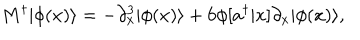
LaTeX: M ^ { \dagger } | \phi ( x ) \rangle = - \partial _ { x } ^ { 3 } | \phi ( x ) \rangle + 6 \phi [ a ^ { \dagger } | x ] \partial _ { x } | \phi ( x ) \rangle ,